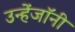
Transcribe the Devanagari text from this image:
उन्हेंजॉनी